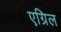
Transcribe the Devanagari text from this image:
एग्रिल